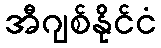
အီဂျစ်နိုင်ငံ